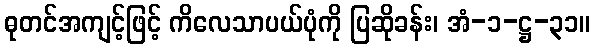
ဓုတင်အကျင့်ဖြင့် ကိလေသာပယ်ပုံကို ပြဆိုခန်း၊ အံ-၁-ဋ္ဌ-၃၁။